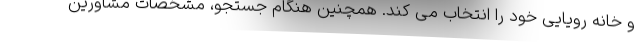
و خانه رویایی خود را انتخاب می کند. همچنین هنگام جستجو، مشخصات مشاورین